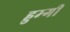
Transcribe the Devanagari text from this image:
हुम्गी